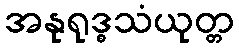
အနုရုဒ္ဓသံယုတ္တ